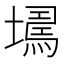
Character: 𡑹